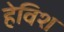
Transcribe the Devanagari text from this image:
हेविश